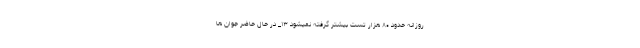
روزانه حدود ۸۰ هزار تست بیشتر گرفته نمیشود ۱۳_ در حال حاضر جوان ها